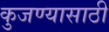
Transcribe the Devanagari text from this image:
कुजण्यासाठी